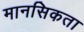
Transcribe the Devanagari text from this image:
मानसिकता